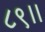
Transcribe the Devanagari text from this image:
८९।।